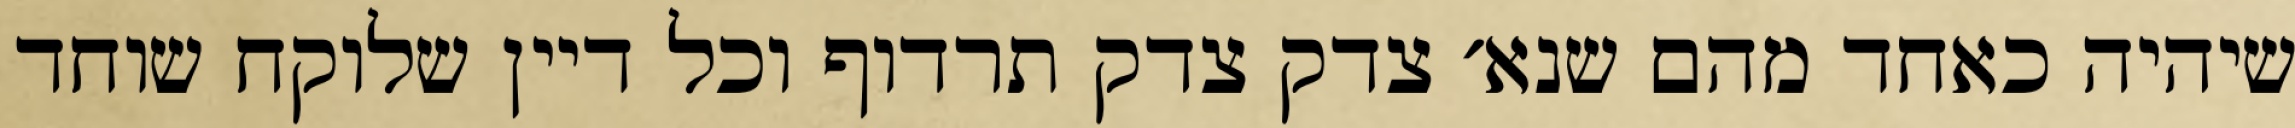
שיהיה כאחד מהם שנא׳ צדק צדק תרדוף וכל דיין שלוקח שוחד